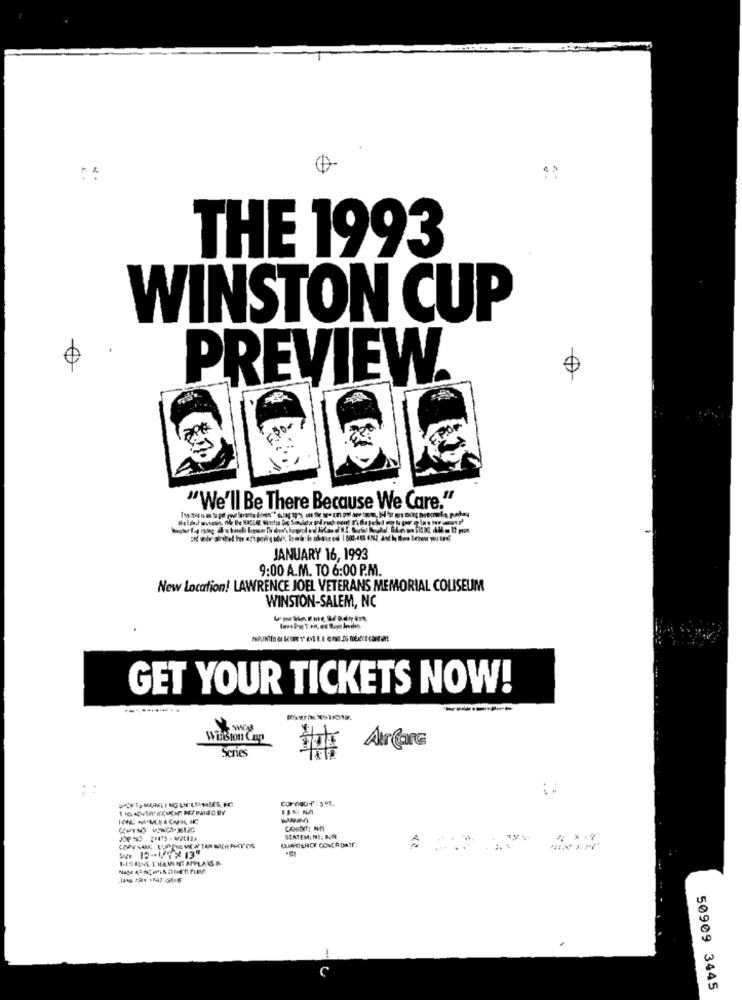
THE 1993
WINSTON CUP
0
PREVIEW
"We'll Be There Because We Care."
JANUARY 16, 1993
9:00 A.M. TO 6:00 P.M.
New Location! LAWRENCE JOEL VETERANS MEMORIAL COLISEUM
WINSTON-SALEM, NC
GET YOUR TICKETS NOW!
--
Winston Cup
Series
Aur Care
CJAHETEROY CONCA DATE:
STATEMINI: NR
C
50909 3445